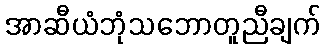
အာဆီယံဘုံသဘောတူညီချက်